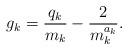
LaTeX: \begin{align*} g_k=\frac{q_k}{m_k}-\frac{2}{m_k^{a_k}}. \end{align*}